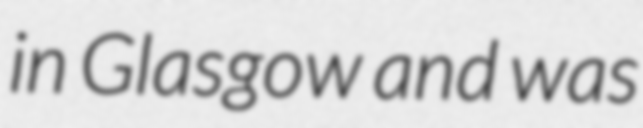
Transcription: in Glasgow and was